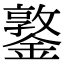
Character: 鐜